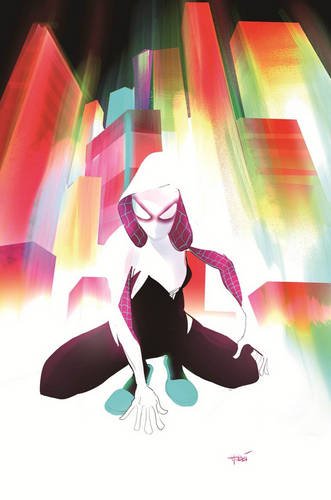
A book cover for Spider-Gwen Vol. 0: Most Wanted?; Marvel Comics; Comics & Graphic Novels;